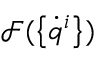
\mathcal { F } ( \left\{ \dot { q } ^ { i } \right\} )